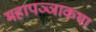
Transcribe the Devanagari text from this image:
महापञ्ञाकथा